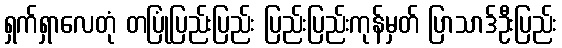
ရှက်ရှာလေတုံ တပြုံပြည်းပြည်း ပြည်းပြည်းကုန်မှတ် ပြာသာဒ်ဦးပြည်း